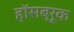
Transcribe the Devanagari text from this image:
हॉसब्रूक